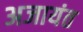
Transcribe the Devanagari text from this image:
अजायंत